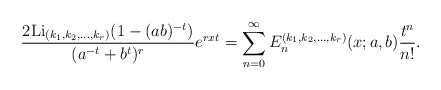
\begin{align*}\frac{2{\rm Li}_{(k_1, k_2,\ldots, k_r)}(1-(ab)^{-t})}{(a^{-t}+b^{t})^r}e^{rxt}=\sum_{n=0}^{\infty}{E}^{(k_1, k_2,\ldots, k_r)}_n(x;a,b)\frac{t^n}{n!}.\end{align*}